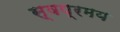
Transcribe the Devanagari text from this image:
स्वप्रमय